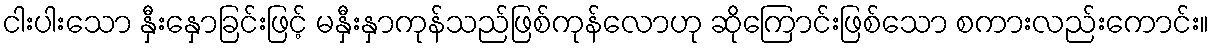
ငါးပါးသော နှီးနှောခြင်းဖြင့် မနှီးနှာကုန်သည်ဖြစ်ကုန်လောဟု ဆိုကြောင်းဖြစ်သော စကားလည်းကောင်း။